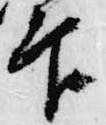
印